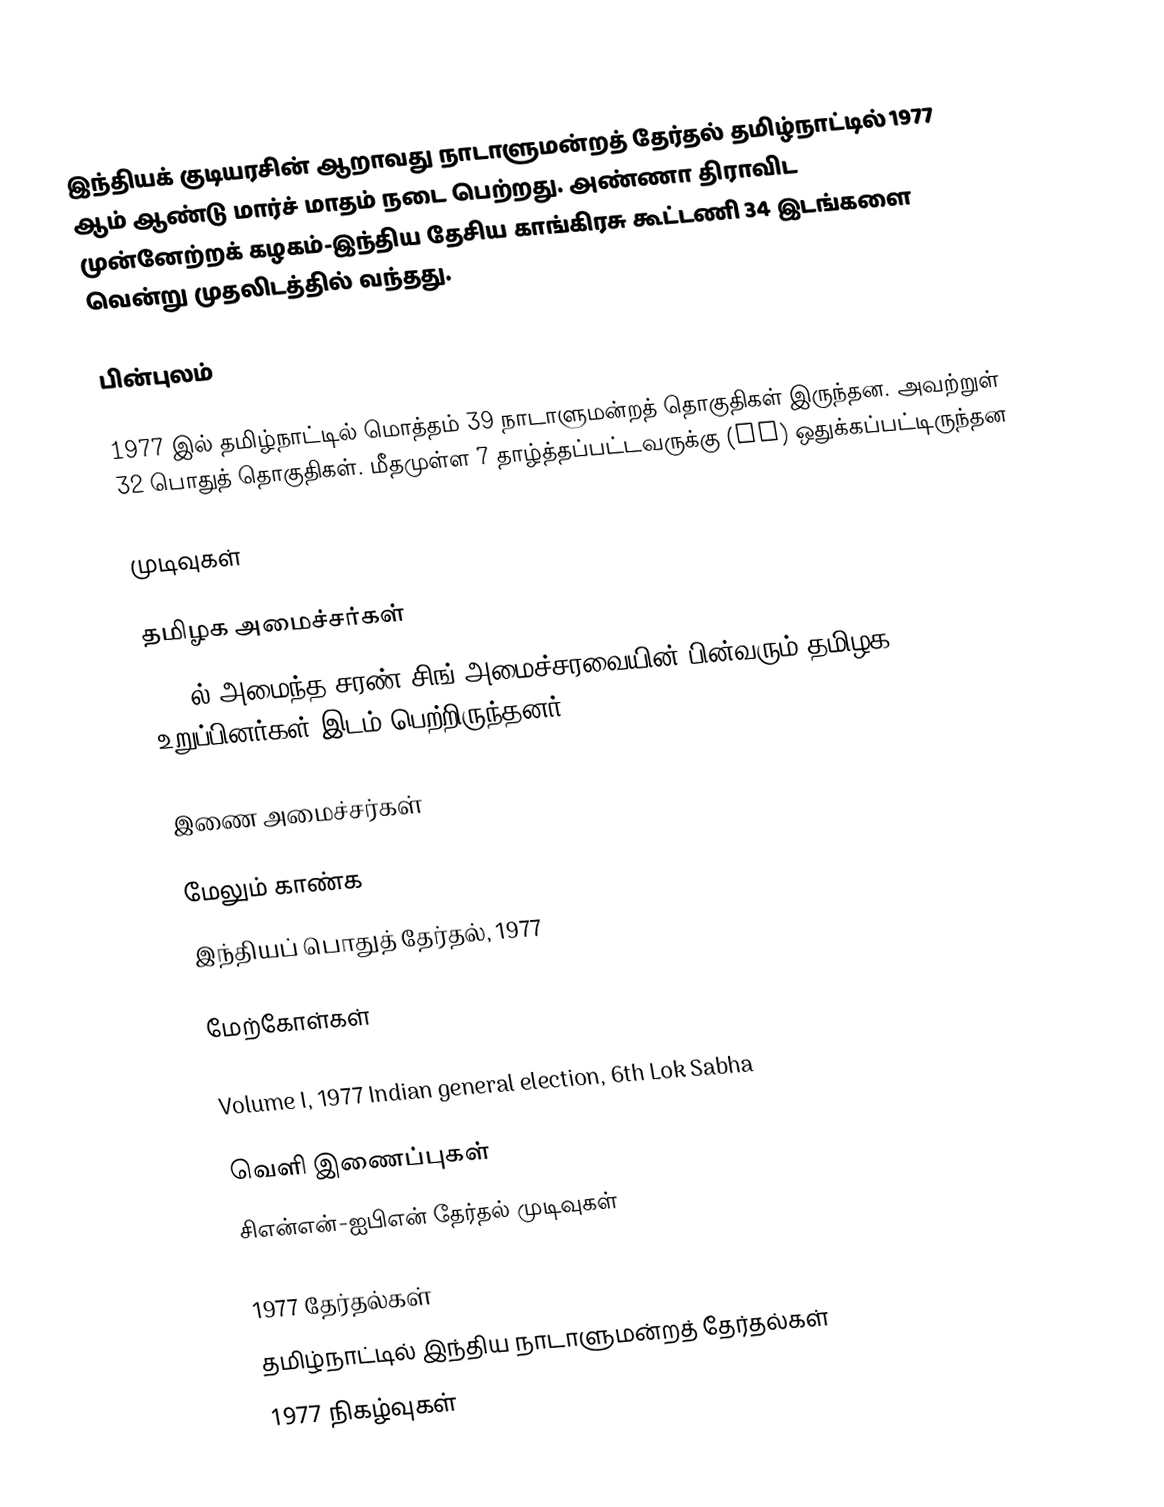
இந்தியக் குடியரசின் ஆறாவது நாடாளுமன்றத் தேர்தல் தமிழ்நாட்டில் 1977 ஆம் ஆண்டு மார்ச் மாதம் நடை பெற்றது. அண்ணா திராவிட முன்னேற்றக் கழகம்-இந்திய தேசிய காங்கிரசு கூட்டணி 34 இடங்களை வென்று முதலிடத்தில் வந்தது.

பின்புலம்

1977 இல் தமிழ்நாட்டில் மொத்தம் 39 நாடாளுமன்றத் தொகுதிகள் இருந்தன. அவற்றுள் 32 பொதுத் தொகுதிகள். மீதமுள்ள 7 தாழ்த்தப்பட்டவருக்கு (SC) ஒதுக்கப்பட்டிருந்தன

முடிவுகள்

தமிழக அமைச்சர்கள்
1978ல் அமைந்த சரண் சிங் அமைச்சரவையின் பின்வரும் தமிழக உறுப்பினர்கள் இடம் பெற்றிருந்தனர்:

இணை அமைச்சர்கள்

மேலும் காண்க
இந்தியப் பொதுத் தேர்தல், 1977

மேற்கோள்கள்

Volume I, 1977 Indian general election, 6th Lok Sabha

வெளி இணைப்புகள்
 சிஎன்என்-ஐபிஎன் தேர்தல் முடிவுகள்

1977 தேர்தல்கள்
தமிழ்நாட்டில் இந்திய நாடாளுமன்றத் தேர்தல்கள்
1977 நிகழ்வுகள்